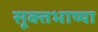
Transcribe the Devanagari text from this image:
सूक्तभाष्या